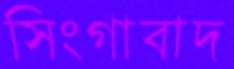
সিংগাবাদ